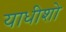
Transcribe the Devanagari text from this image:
याधीशो